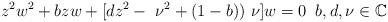
LaTeX: \begin{align*}z^{2}w^{2}+bzw+[dz^{2}-~\nu ^{2}+(1-b))~\nu ]w=0\;\;b,d,\nu \in \mathbb{C}\end{align*}